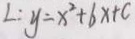
L : y = x ^ { 2 } + 6 x + c